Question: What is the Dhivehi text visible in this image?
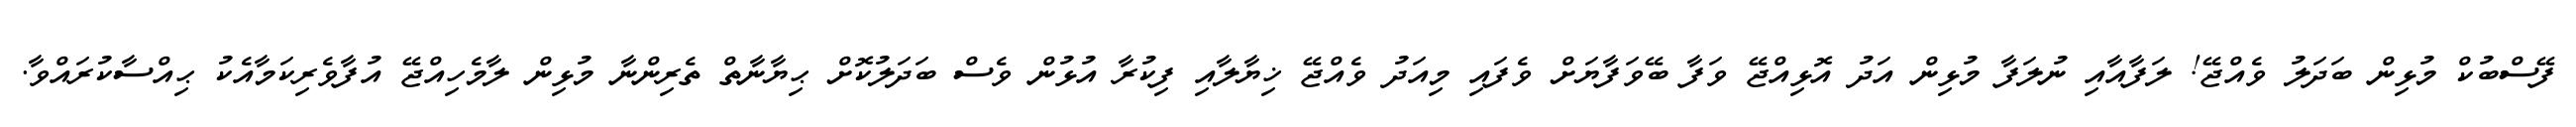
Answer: ފޭސްބުކް މުޅިން ބަދަލު ވެއްޖޭ! ލަފާއާއި ނުލަފާ މުޅިން އަދު އޮޅިއްޖޭ ވަފާ ބޭވަފާޔަށް ވެފައި މިއަދު ވެއްޖޭ ޚިޔާލާއި ފިކުރާ އުޅުން ވެސް ބަދަލުކޮށް ޙިޔާނާތް ތެރިންނާ މުޅިން ލާމެހިއްޖޭ އުފާވެރިކަމާއެކު ޙިއްސާކުރައްވާ.